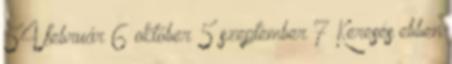
54 február 6 október 5 szeptember 7 Keresés ebben